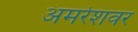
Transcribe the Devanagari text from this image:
अमरेशवर